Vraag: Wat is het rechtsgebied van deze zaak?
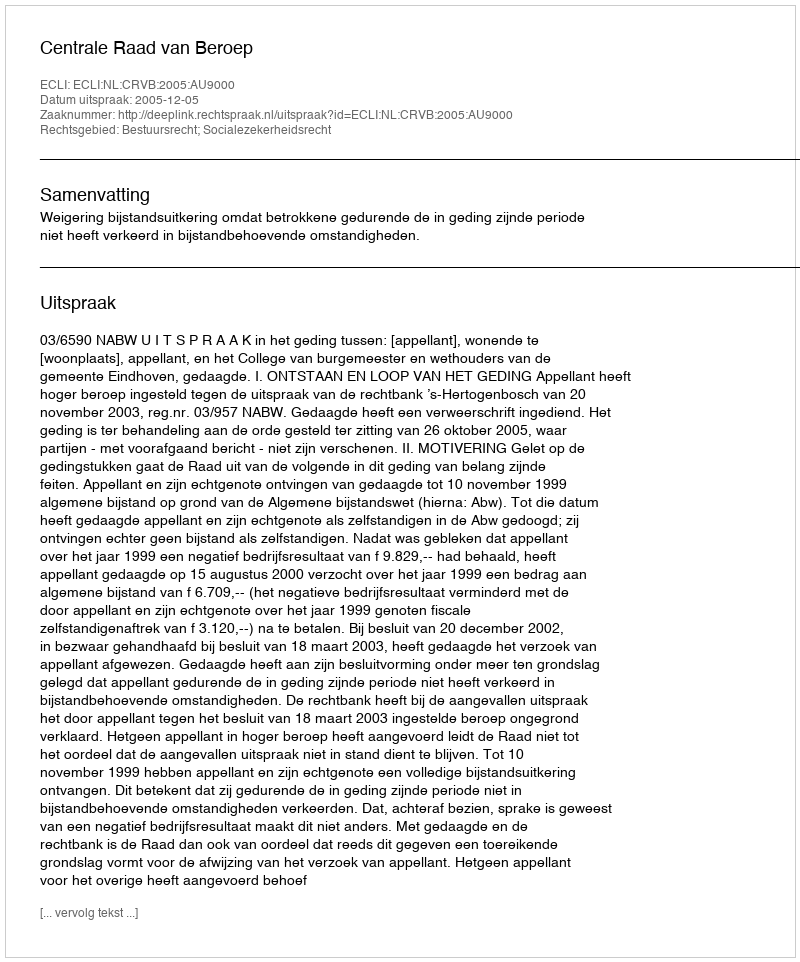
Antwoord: Bestuursrecht; Socialezekerheidsrecht